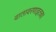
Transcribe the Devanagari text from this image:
वातावरणाइतका